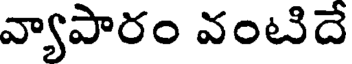
వ్యాపారం వంటిదే